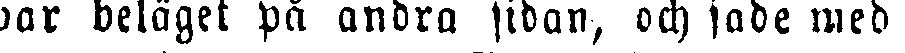
war beläget på andra sidan, och sade med